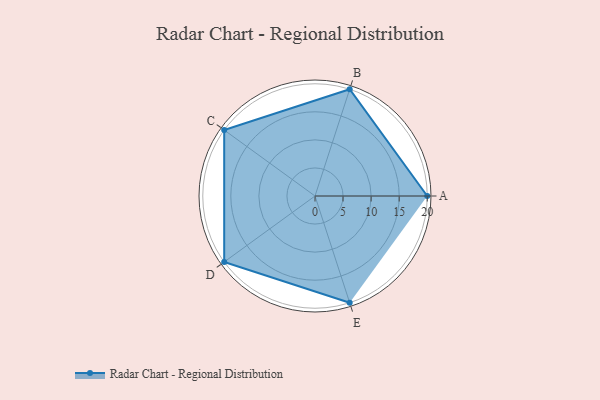
{"axis": {"x": "Skill", "y": "Score"}, "legend": ["Profile"], "data": [{"x": "A", "y": 20, "type": "Profile"}, {"x": "B", "y": 20, "type": "Profile"}, {"x": "C", "y": 20, "type": "Profile"}, {"x": "D", "y": 20, "type": "Profile"}, {"x": "E", "y": 20, "type": "Profile"}]}